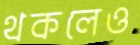
থকলেও